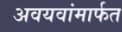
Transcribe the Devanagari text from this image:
अवयवांमार्फत